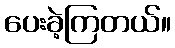
ပေးခဲ့ကြတယ်။